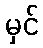
မှင်